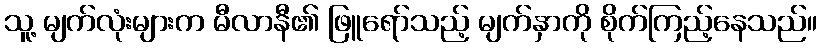
သူ့ မျက်လုံးများက မီလာနီ၏ ဖြူရော်သည့် မျက်နှာကို စိုက်ကြည့်နေသည်။